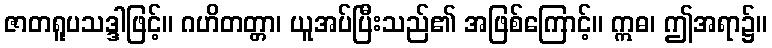
ဇာတရူပသဒ္ဒါဖြင့်။ ဂဟိတတ္တာ၊ ယူအပ်ပြီးသည်၏ အဖြစ်ကြောင့်။ ဣဓ၊ ဤအရာ၌။